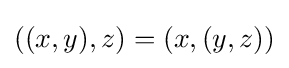
((x,y),z)=(x,(y,z))